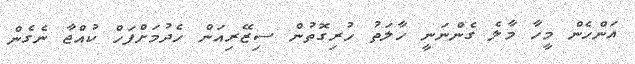
އަންހެން މީހާ މާލެ ގެންނަނީ ހާލަތު ހުރިގޮތުން ސިޒޭރިއަން ހެދުމަށްފަހް ކުއްޖާ ނެގެން